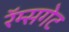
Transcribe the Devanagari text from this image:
रॅम्सगेट